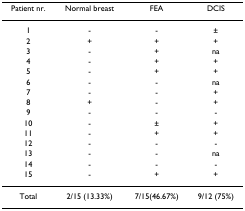
| Patient nr. | Normal breast | FEA | DCIS |
 | --- | --- | --- | --- |
 | 1 | - | - | ± |
 | 2 | + | + | + |
 | 3 | - | + | na |
 | 4 | - | + | + |
 | 5 | - | + | + |
 | 6 | - | - | na |
 | 7 | - | - | + |
 | 8 | + | - | + |
 | 9 | - | - | - |
 | 10 | - | ± | + |
 | 11 | - | + | + |
 | 12 | - | - | - |
 | 13 | - | - | na |
 | 14 | - | - | - |
 | 15 | - | + | + |
 | Total | 2/15 (13.33%) | 7/15(46.67%) | 9/12 (75%) |